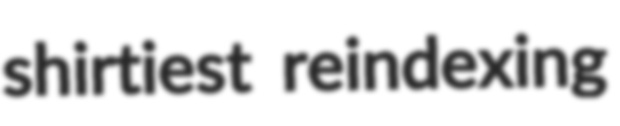
shirtiest reindexing